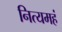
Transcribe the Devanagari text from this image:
नित्यमहं